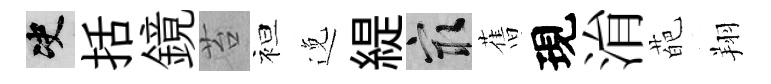
决括鏡苔袒𨓜緹冣𦾔現㳙葩翔